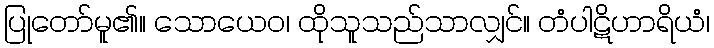
ပြုတော်မူ၏။ သောယေဝ၊ ထိုသူသည်သာလျှင်။ တံပါဋိဟာရိယံ၊